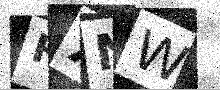
Text: HXNW